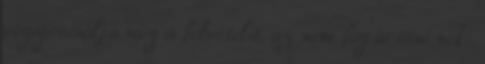
végigcsinálja még a felvételit, az nem fog ártani neki,